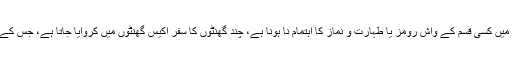
ایک اذیت جس نے مجھے ذاتی طور پہ بے حد متاثر کیا، وہ کانوائے کی وجہ سے راستے میں کسی قسم کے واش رومز یا طہارت و نماز کا اہتمام نا ہونا ہے، چند گھنٹوں کا سفر اکیس گھنٹوں میں کروایا جاتا ہے، جس کے دوران خواتین اور مرد حضرات کیلئے طہارت کرنا انتہائی بے شرمی کا مقام بن جاتا ہے۔